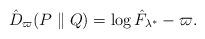
LaTeX: \begin{align*}\begin{aligned} &\hat D_\varpi(P\parallel Q)=\log \hat F_{\lambda^*} -\varpi.\end{aligned}\end{align*}